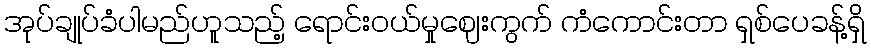
အုပ်ချုပ်ခံပါမည်ဟူသည့် ရောင်းဝယ်မှုဈေးကွက် ကံကောင်းတာ ရှစ်ပေခန့်ရှိ